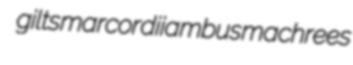
gilts marcor diiambus machrees